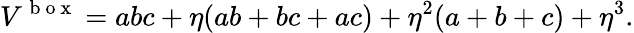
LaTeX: V^{\mathrm{~b~o~x~}}=abc+\eta(ab+bc+ac)+\eta^{2}(a+b+c)+\eta^{3}.